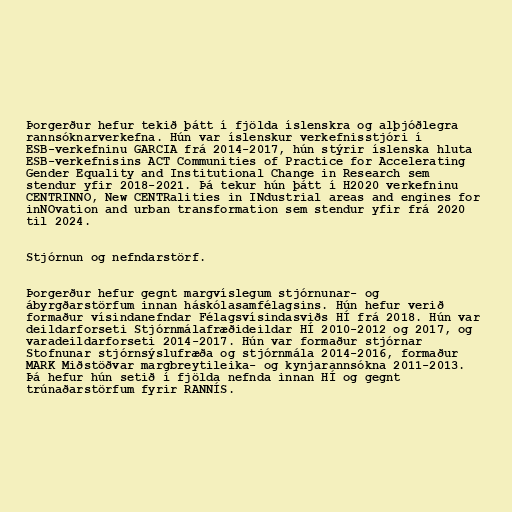
Þorgerður hefur tekið þátt í fjölda íslenskra og alþjóðlegra
rannsóknarverkefna. Hún var íslenskur verkefnisstjóri í
ESB-verkefninu GARCIA frá 2014-2017, hún stýrir íslenska hluta
ESB-verkefnisins ACT Communities of Practice for Accelerating
Gender Equality and Institutional Change in Research sem
stendur yfir 2018-2021. Þá tekur hún þátt í H2020 verkefninu
CENTRINNO, New CENTRalities in INdustrial areas and engines for
inNOvation and urban transformation sem stendur yfir frá 2020
til 2024.

Stjórnun og nefndarstörf.

Þorgerður hefur gegnt margvíslegum stjórnunar- og
ábyrgðarstörfum innan háskólasamfélagsins. Hún hefur verið
formaður vísindanefndar Félagsvísindasviðs HÍ frá 2018. Hún var
deildarforseti Stjórnmálafræðideildar HÍ 2010-2012 og 2017, og
varadeildarforseti 2014-2017. Hún var formaður stjórnar
Stofnunar stjórnsýslufræða og stjórnmála 2014-2016, formaður
MARK Miðstöðvar margbreytileika- og kynjarannsókna 2011-2013.
Þá hefur hún setið í fjölda nefnda innan HÍ og gegnt
trúnaðarstörfum fyrir RANNÍS.